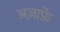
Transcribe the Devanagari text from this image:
अज़ाफ़े